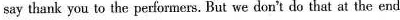
say thank you to the performes. But we don't do that at the enc